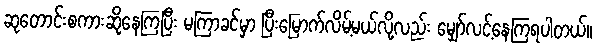
ဆုတောင်းစကားဆိုနေကြပြီး မကြာခင်မှာ ပြီးမြောက်လိမ့်မယ်လို့လည်း မျှော်လင့်နေကြရပါတယ်။